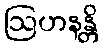
ဩဟနန္တိ